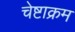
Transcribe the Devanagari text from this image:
चेष्टाक्रम